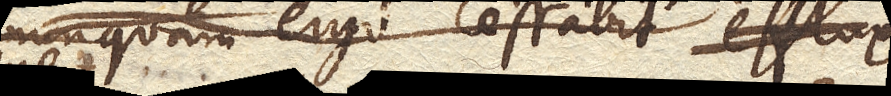
nunquam ergo cessabit effluxus